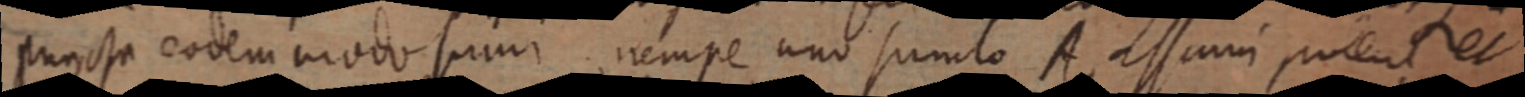
puncta eodem modo sumi nempe uno sumto A assumi potent nec